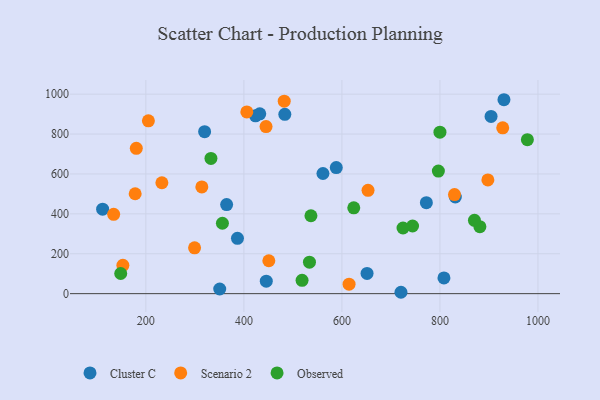
{"axis": {"x": "Speed", "y": "Salary"}, "legend": ["Cluster C", "Observed", "Scenario 2"], "data": [{"x": "904.3", "y": 888.5, "type": "Cluster C"}, {"x": "772.3", "y": 455.8, "type": "Cluster C"}, {"x": "588.5", "y": 631.8, "type": "Cluster C"}, {"x": "386.9", "y": 277.4, "type": "Cluster C"}, {"x": "319.9", "y": 811.7, "type": "Cluster C"}, {"x": "651.3", "y": 101.6, "type": "Cluster C"}, {"x": "720.5", "y": 6.9, "type": "Cluster C"}, {"x": "423.7", "y": 891.6, "type": "Cluster C"}, {"x": "561.3", "y": 602.4, "type": "Cluster C"}, {"x": "350.7", "y": 23.2, "type": "Cluster C"}, {"x": "930.6", "y": 972.1, "type": "Cluster C"}, {"x": "445.7", "y": 62.6, "type": "Cluster C"}, {"x": "111.8", "y": 423.4, "type": "Cluster C"}, {"x": "364.8", "y": 446.5, "type": "Cluster C"}, {"x": "483.5", "y": 899.1, "type": "Cluster C"}, {"x": "808.2", "y": 78.6, "type": "Cluster C"}, {"x": "432.4", "y": 901.3, "type": "Cluster C"}, {"x": "831.4", "y": 484.6, "type": "Cluster C"}, {"x": "614.6", "y": 47.4, "type": "Scenario 2"}, {"x": "445.2", "y": 837.7, "type": "Scenario 2"}, {"x": "653.3", "y": 518.1, "type": "Scenario 2"}, {"x": "205.2", "y": 866.5, "type": "Scenario 2"}, {"x": "180.5", "y": 728.7, "type": "Scenario 2"}, {"x": "829.7", "y": 496.5, "type": "Scenario 2"}, {"x": "314.2", "y": 535.1, "type": "Scenario 2"}, {"x": "153.1", "y": 141.8, "type": "Scenario 2"}, {"x": "450.9", "y": 164.9, "type": "Scenario 2"}, {"x": "134.3", "y": 397.8, "type": "Scenario 2"}, {"x": "897.8", "y": 569.9, "type": "Scenario 2"}, {"x": "232.7", "y": 555.8, "type": "Scenario 2"}, {"x": "928.1", "y": 831.0, "type": "Scenario 2"}, {"x": "299.4", "y": 229.8, "type": "Scenario 2"}, {"x": "406.0", "y": 910.7, "type": "Scenario 2"}, {"x": "178.2", "y": 500.7, "type": "Scenario 2"}, {"x": "482.3", "y": 965.0, "type": "Scenario 2"}, {"x": "881.5", "y": 335.8, "type": "Observed"}, {"x": "518.7", "y": 66.9, "type": "Observed"}, {"x": "624.2", "y": 430.0, "type": "Observed"}, {"x": "332.8", "y": 677.7, "type": "Observed"}, {"x": "356.2", "y": 352.8, "type": "Observed"}, {"x": "744.1", "y": 339.2, "type": "Observed"}, {"x": "533.8", "y": 157.9, "type": "Observed"}, {"x": "978.4", "y": 772.0, "type": "Observed"}, {"x": "870.4", "y": 367.6, "type": "Observed"}, {"x": "800.0", "y": 809.3, "type": "Observed"}, {"x": "148.7", "y": 101.1, "type": "Observed"}, {"x": "724.7", "y": 329.0, "type": "Observed"}, {"x": "536.8", "y": 390.6, "type": "Observed"}, {"x": "796.8", "y": 614.2, "type": "Observed"}]}